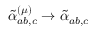
\tilde { \alpha } _ { a b , c } ^ { ( \mu ) } \rightarrow \tilde { \alpha } _ { a b , c }